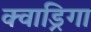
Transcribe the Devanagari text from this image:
क्वाड्रिगा